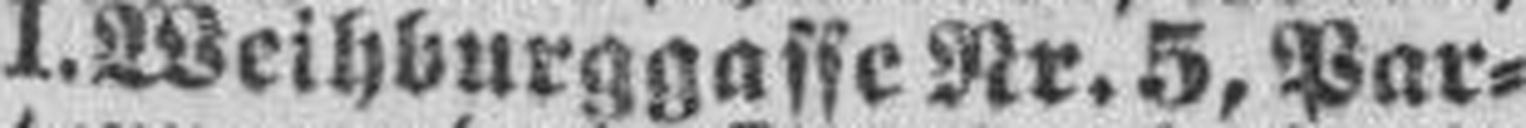
I. Weihburggasse Nr. 5, Par¬